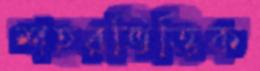
শহরভিত্তিক